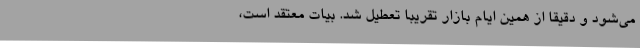
می‌شود و دقیقا از همین ایام بازار تقریبا تعطیل شد. بیات معتقد است،